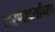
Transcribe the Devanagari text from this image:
शरणार्थ्यांच्या